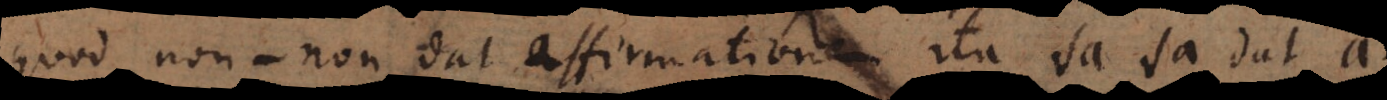
quod non‐non dat affirmationem, ita ‐ a · ‐ a